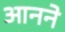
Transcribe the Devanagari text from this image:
आनने